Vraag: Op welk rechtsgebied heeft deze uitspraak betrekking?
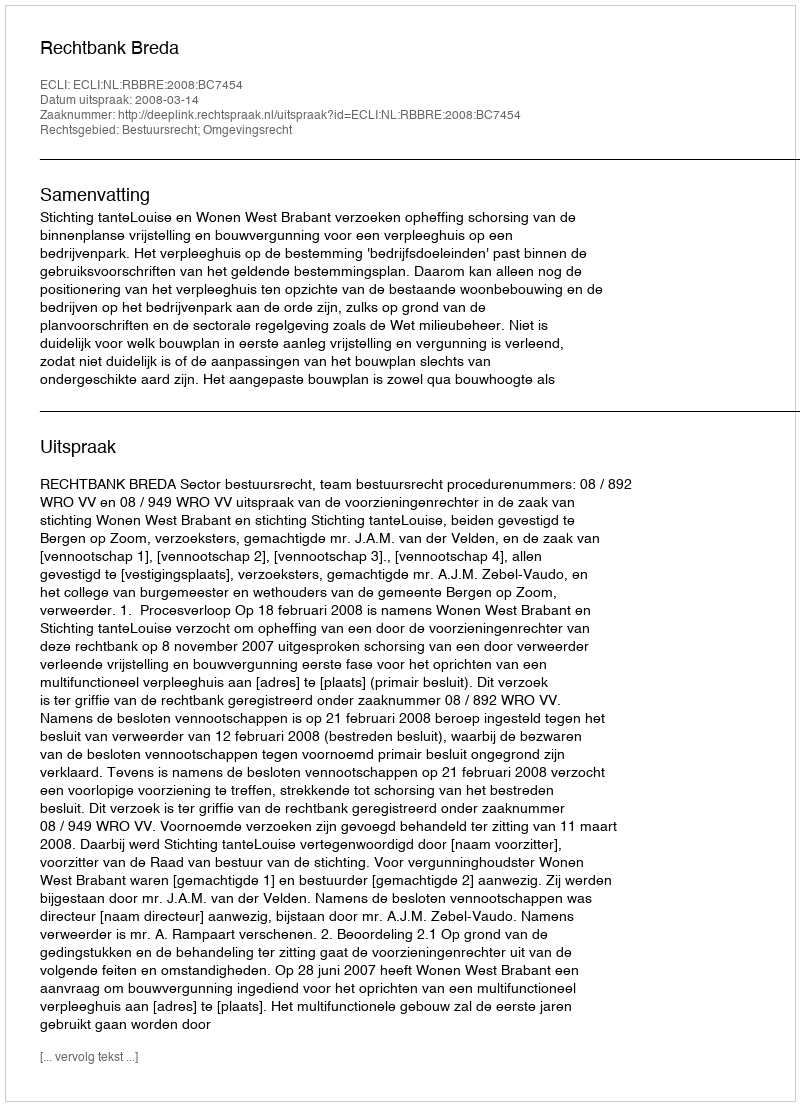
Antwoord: Bestuursrecht; Omgevingsrecht